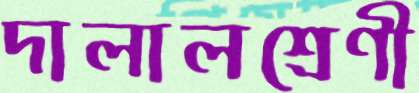
দালালশ্রেণী